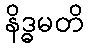
နိဒ္ဓမတိ